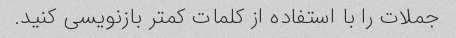
جملات را با استفاده از کلمات کمتر بازنویسی کنید.